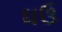
ઘઉ